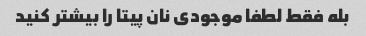
بله فقط لطفا موجودی نان پیتا را بیشتر کنید